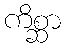
ကိစ္ဆာ